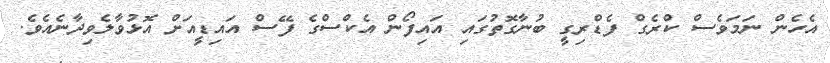
އެހެން ނަމަވެސް ކްރެގް ފެޑްރިގީ ބުނާގޮތުގައި އައިފޯން އެކްސްގެ ފޭސް އައިޑީއަށް އޮޅުވާލެވިދާނެއެވެ.